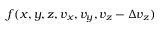
f ( x , y , z , v _ { x } , v _ { y } , v _ { z } - \Delta v _ { z } )